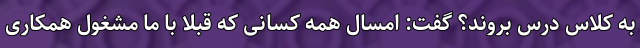
به کلاس درس بروند؟ گفت: امسال همه کسانی که قبلا با ما مشغول همکاری